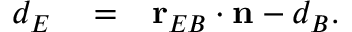
\begin{array} { r l r } { d _ { E } } & { { } = } & { \mathbf { r } _ { E B } \cdot \mathbf { n } - d _ { B } . } \end{array}